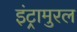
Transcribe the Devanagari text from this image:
इंट्रामुरल